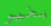
بخير